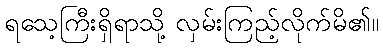
ရသေ့ကြီးရှိရာသို့ လှမ်းကြည့်လိုက်မိ၏။